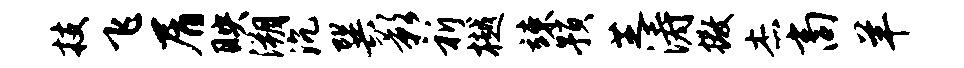
技飞屑映溯沉巽影祈樾竦预芝涛撒杰商羊